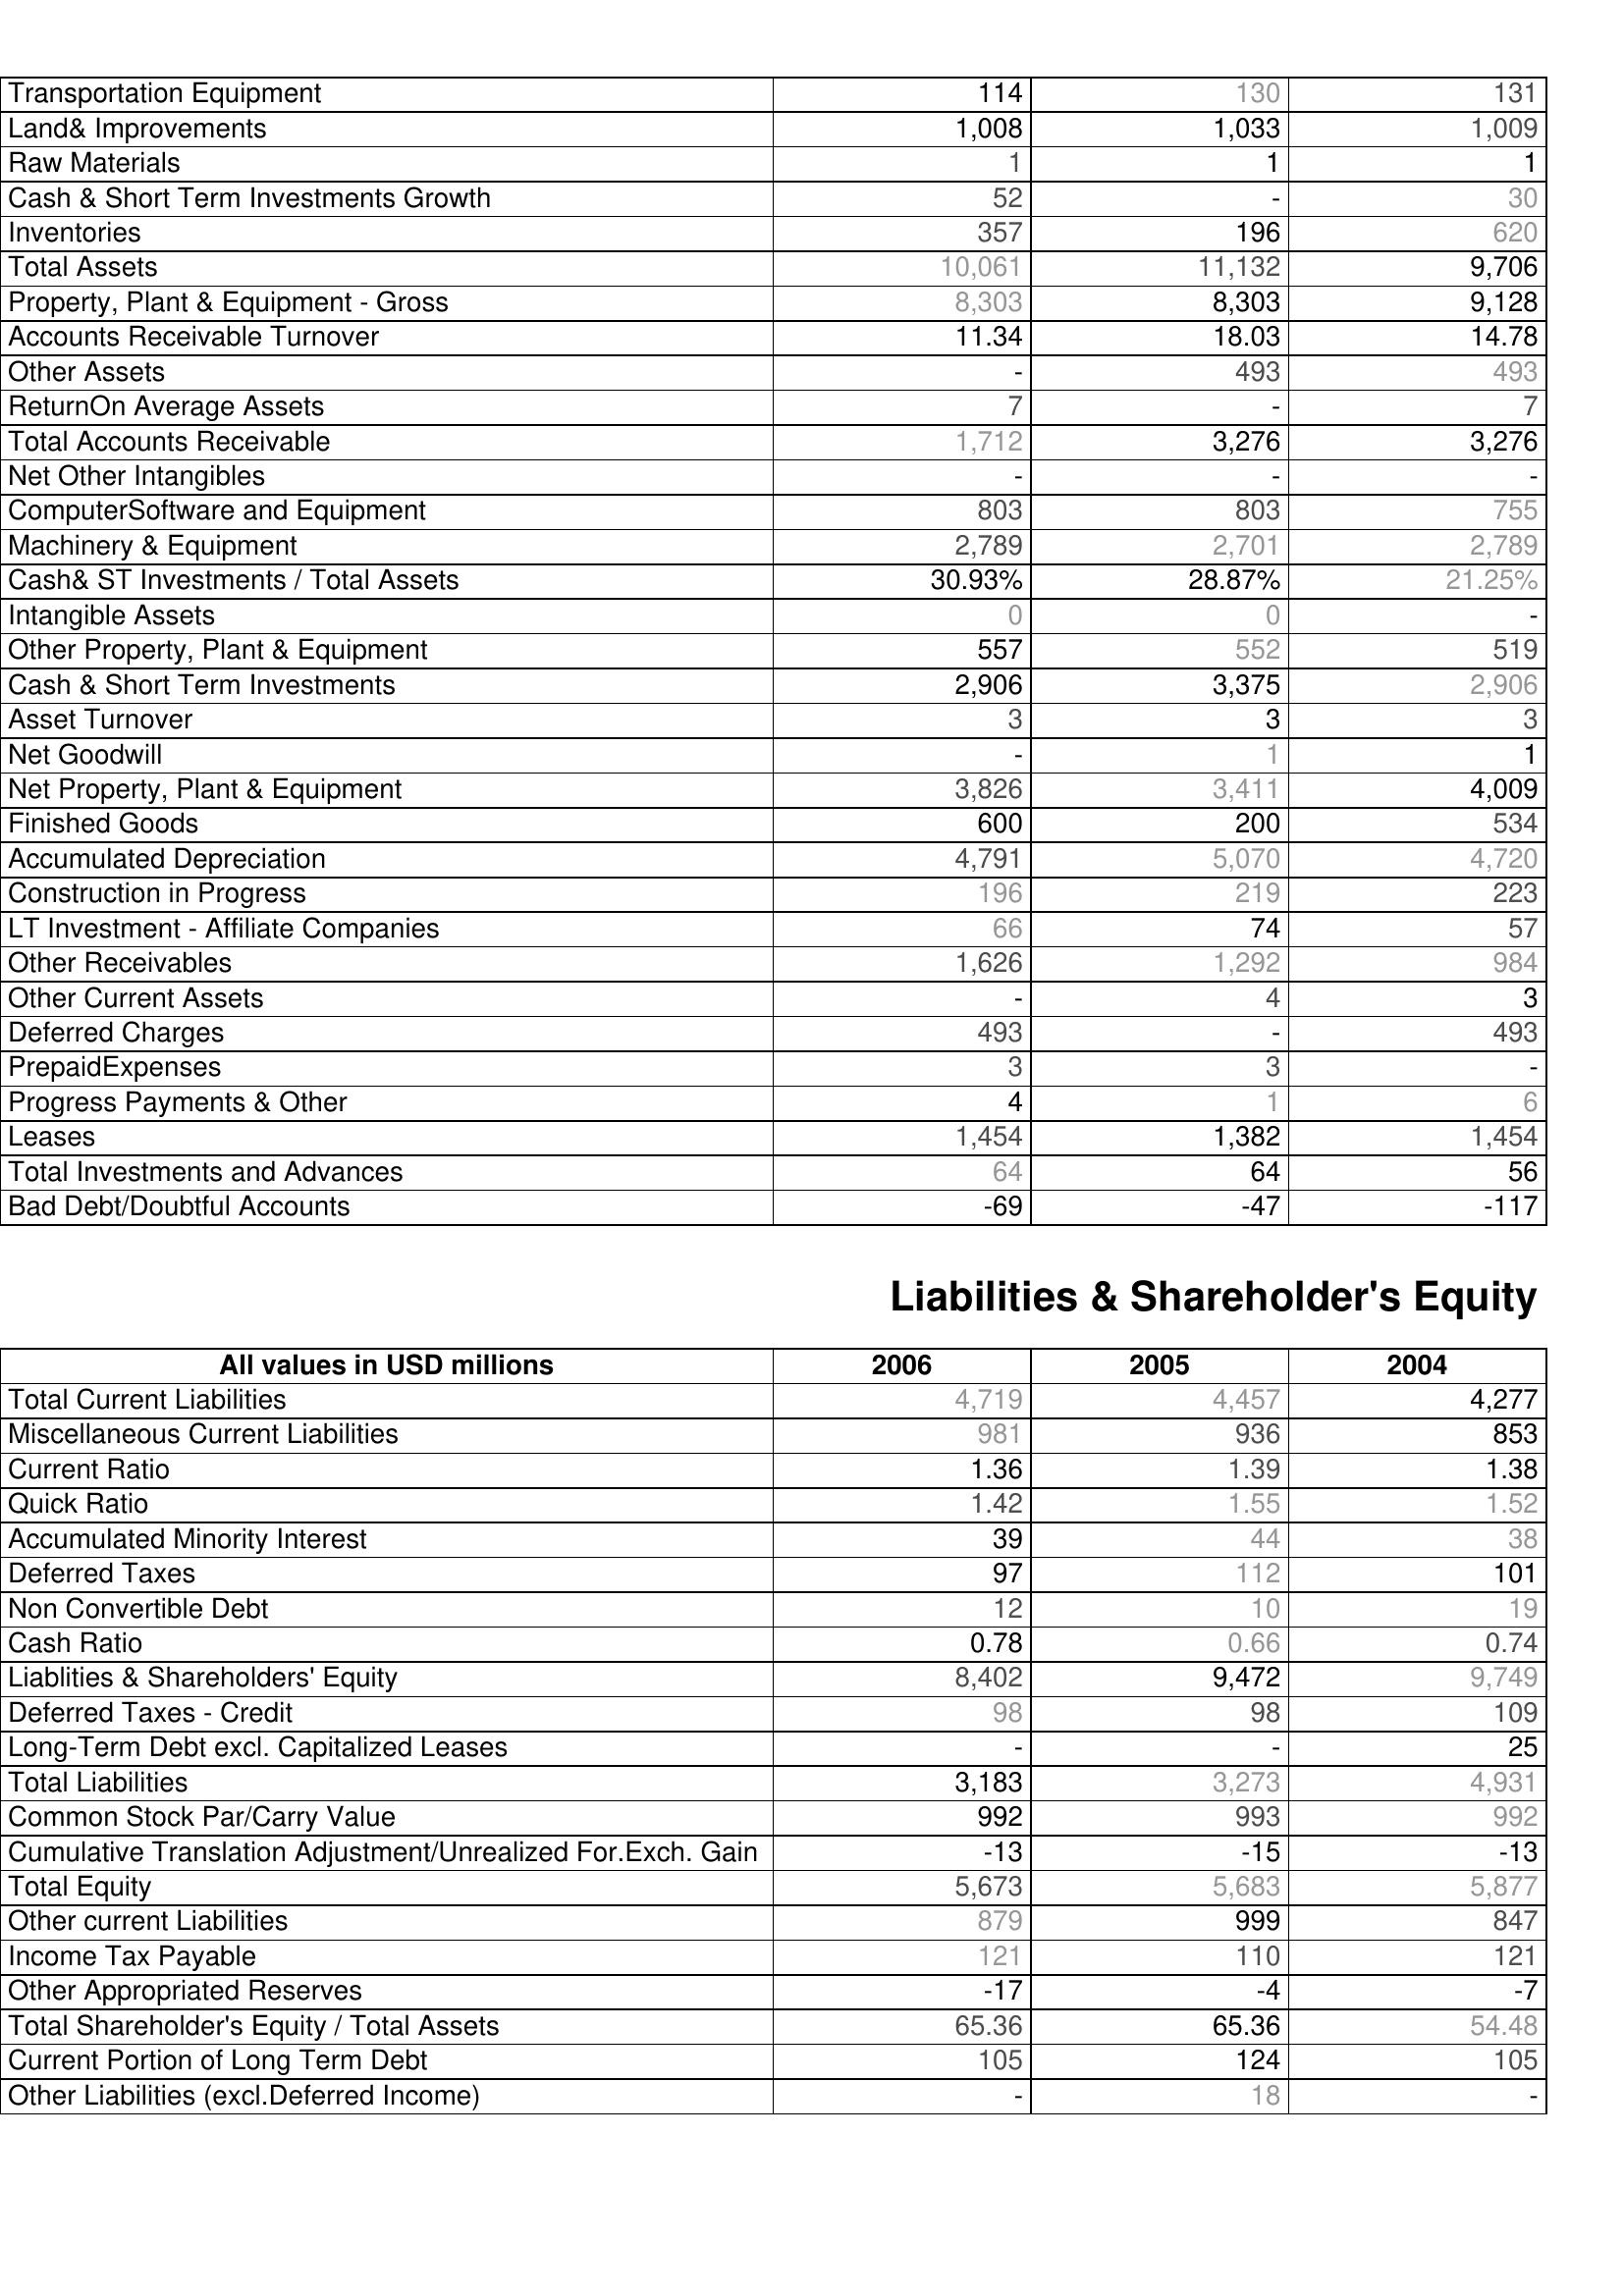
2006: Assets: Transportation Equipment: 114
Land& Improvements: 1,008
Raw Materials: 1
Cash & Short Term Investments Growth: 52
Inventories: 357
Total Assets: 10,061
Property, Plant & Equipment - Gross : 8,303
Accounts Receivable Turnover: 11.34
Other Assets: -
ReturnOn Average Assets: 7
Total Accounts Receivable: 1,712
Net Other Intangibles: -
ComputerSoftware and Equipment: 803
Machinery & Equipment: 2,789
Cash& ST Investments / Total Assets: 30.93%
Intangible Assets: 0
Other Property, Plant & Equipment: 557
Cash & Short Term Investments: 2,906
Asset Turnover: 3
Net Goodwill: -
Net Property, Plant & Equipment: 3,826
Finished Goods: 600
Accumulated Depreciation: 4,791
Construction in Progress: 196
LT Investment - Affiliate Companies: 66
Other Receivables: 1,626
Other Current Assets: -
Deferred Charges: 493
PrepaidExpenses: 3
Progress Payments & Other: 4
Leases: 1,454
Total Investments and Advances: 64
Bad Debt/Doubtful Accounts: -69
Liabilities & Shareholder's Equity: Total Current Liabilities: 4,719
Miscellaneous Current Liabilities: 981
Current Ratio: 1.36
Quick Ratio: 1.42
Accumulated Minority Interest: 39
Deferred Taxes: 97
Non Convertible Debt: 12
Cash Ratio: 0.78
Liablities & Shareholders' Equity: 8,402
Deferred Taxes - Credit: 98
Long-Term Debt excl. Capitalized Leases: -
Total Liabilities: 3,183
Common Stock Par/Carry Value: 992
Cumulative Translation Adjustment/Unrealized For.Exch. Gain: -13
Total Equity: 5,673
Other current Liabilities: 879
Income Tax Payable: 121
Other Appropriated Reserves: -17
Total Shareholder's Equity / Total Assets: 65.36
Current Portion of Long Term Debt: 105
Other Liabilities (excl.Deferred Income): -
2005: Assets: Transportation Equipment: 130
Land& Improvements: 1,033
Raw Materials: 1
Cash & Short Term Investments Growth: -
Inventories: 196
Total Assets: 11,132
Property, Plant & Equipment - Gross : 8,303
Accounts Receivable Turnover: 18.03
Other Assets: 493
ReturnOn Average Assets: -
Total Accounts Receivable: 3,276
Net Other Intangibles: -
ComputerSoftware and Equipment: 803
Machinery & Equipment: 2,701
Cash& ST Investments / Total Assets: 28.87%
Intangible Assets: 0
Other Property, Plant & Equipment: 552
Cash & Short Term Investments: 3,375
Asset Turnover: 3
Net Goodwill: 1
Net Property, Plant & Equipment: 3,411
Finished Goods: 200
Accumulated Depreciation: 5,070
Construction in Progress: 219
LT Investment - Affiliate Companies: 74
Other Receivables: 1,292
Other Current Assets: 4
Deferred Charges: -
PrepaidExpenses: 3
Progress Payments & Other: 1
Leases: 1,382
Total Investments and Advances: 64
Bad Debt/Doubtful Accounts: -47
Liabilities & Shareholder's Equity: Total Current Liabilities: 4,457
Miscellaneous Current Liabilities: 936
Current Ratio: 1.39
Quick Ratio: 1.55
Accumulated Minority Interest: 44
Deferred Taxes: 112
Non Convertible Debt: 10
Cash Ratio: 0.66
Liablities & Shareholders' Equity: 9,472
Deferred Taxes - Credit: 98
Long-Term Debt excl. Capitalized Leases: -
Total Liabilities: 3,273
Common Stock Par/Carry Value: 993
Cumulative Translation Adjustment/Unrealized For.Exch. Gain: -15
Total Equity: 5,683
Other current Liabilities: 999
Income Tax Payable: 110
Other Appropriated Reserves: -4
Total Shareholder's Equity / Total Assets: 65.36
Current Portion of Long Term Debt: 124
Other Liabilities (excl.Deferred Income): 18
2004: Assets: Transportation Equipment: 131
Land& Improvements: 1,009
Raw Materials: 1
Cash & Short Term Investments Growth: 30
Inventories: 620
Total Assets: 9,706
Property, Plant & Equipment - Gross : 9,128
Accounts Receivable Turnover: 14.78
Other Assets: 493
ReturnOn Average Assets: 7
Total Accounts Receivable: 3,276
Net Other Intangibles: -
ComputerSoftware and Equipment: 755
Machinery & Equipment: 2,789
Cash& ST Investments / Total Assets: 21.25%
Intangible Assets: -
Other Property, Plant & Equipment: 519
Cash & Short Term Investments: 2,906
Asset Turnover: 3
Net Goodwill: 1
Net Property, Plant & Equipment: 4,009
Finished Goods: 534
Accumulated Depreciation: 4,720
Construction in Progress: 223
LT Investment - Affiliate Companies: 57
Other Receivables: 984
Other Current Assets: 3
Deferred Charges: 493
PrepaidExpenses: -
Progress Payments & Other: 6
Leases: 1,454
Total Investments and Advances: 56
Bad Debt/Doubtful Accounts: -117
Liabilities & Shareholder's Equity: Total Current Liabilities: 4,277
Miscellaneous Current Liabilities: 853
Current Ratio: 1.38
Quick Ratio: 1.52
Accumulated Minority Interest: 38
Deferred Taxes: 101
Non Convertible Debt: 19
Cash Ratio: 0.74
Liablities & Shareholders' Equity: 9,749
Deferred Taxes - Credit: 109
Long-Term Debt excl. Capitalized Leases: 25
Total Liabilities: 4,931
Common Stock Par/Carry Value: 992
Cumulative Translation Adjustment/Unrealized For.Exch. Gain: -13
Total Equity: 5,877
Other current Liabilities: 847
Income Tax Payable: 121
Other Appropriated Reserves: -7
Total Shareholder's Equity / Total Assets: 54.48
Current Portion of Long Term Debt: 105
Other Liabilities (excl.Deferred Income): -